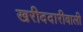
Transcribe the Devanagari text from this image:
खरीददारीवाली